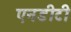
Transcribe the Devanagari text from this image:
एनडीटी